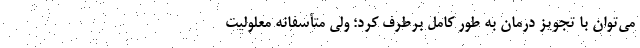
می‌توان با تجویز درمان به طور کامل برطرف کرد؛ ولی متأسفانه معلولیت